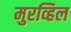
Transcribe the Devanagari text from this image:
मुरव्हिल